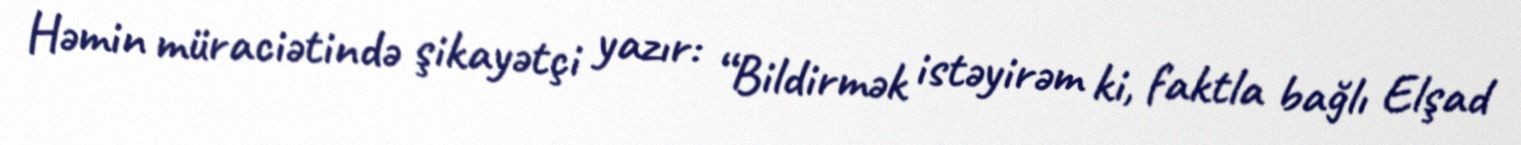
Həmin müraciətində şikayətçi yazır: “Bildirmək istəyirəm ki, faktla bağlı Elşad